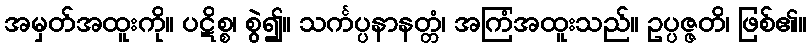
အမှတ်အထူးကို။ ပဋိစ္စ၊ စွဲ၍။ သင်္ကပ္ပနာနတ္တံ၊ အကြံအထူးသည်။ ဥပ္ပဇ္ဇတိ၊ ဖြစ်၏။